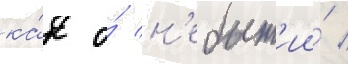
ка́к о́ н'ебыт'ии́ /